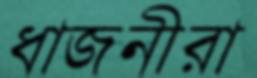
ধাজনীরা